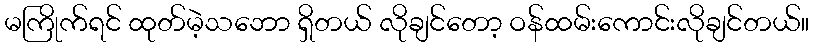
မကြိုက်ရင် ထုတ်မဲ့သဘော ရှိတယ် လိုချင်တော့ ဝန်ထမ်းကောင်းလိုချင်တယ်။